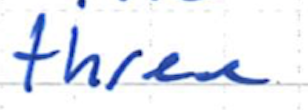
Text: three
Cross-out: clean
Writing tool: ballpoint